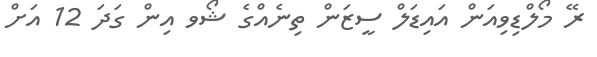
ރޭ މޯލްޑިވިއަން އައިޑަލް ސީޒަން ތިނެއްގެ ޝޯވ އިން ގަދަ 12 އަށް